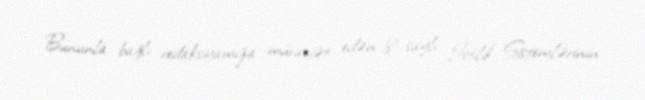
Bununla bağlı redaksiyamıza müraciət edən 8 saylı İstilik Sistemlərinin